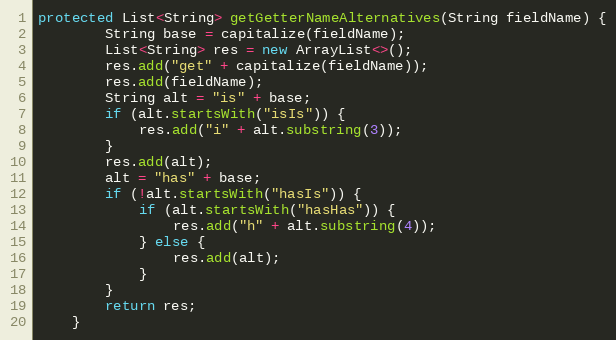
Language: Java
protected List<String> getGetterNameAlternatives(String fieldName) {
        String base = capitalize(fieldName);
        List<String> res = new ArrayList<>();
        res.add("get" + capitalize(fieldName));
        res.add(fieldName);
        String alt = "is" + base;
        if (alt.startsWith("isIs")) {
            res.add("i" + alt.substring(3));
        }
        res.add(alt);
        alt = "has" + base;
        if (!alt.startsWith("hasIs")) {
            if (alt.startsWith("hasHas")) {
                res.add("h" + alt.substring(4));
            } else {
                res.add(alt);
            }
        }
        return res;
    }